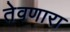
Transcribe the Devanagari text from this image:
तेवणारा